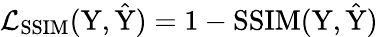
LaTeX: \mathcal{L}_{\mathrm{SSIM}}(\mathrm{Y},\hat{\mathrm{Y}})=1-\textnormal{SSIM}(\mathrm{Y},\hat{\mathrm{Y}})